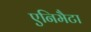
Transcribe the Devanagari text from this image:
एनिमैटा